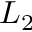
L _ { 2 }